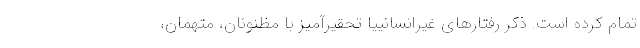
تمام کرده است. ذکر رفتارهای غیرانسانییا تحقیرآمیز با مظنونان، متهمان،